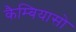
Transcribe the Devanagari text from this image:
कैम्बियासो